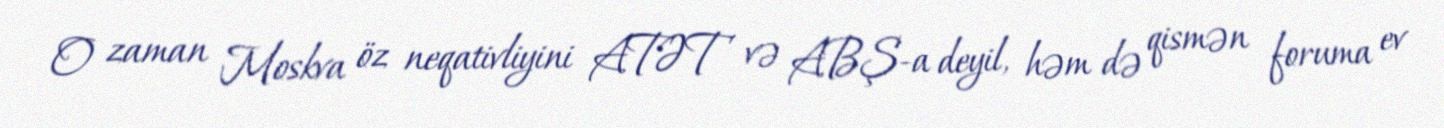
O zaman Moskva öz neqativliyini ATƏT və ABŞ-a deyil, həm də qismən foruma ev